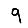
Digit: 9